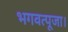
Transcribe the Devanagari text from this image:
भगवत्पूजा।